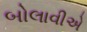
બોલાવીએ